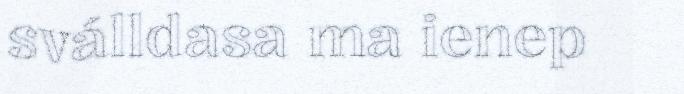
sválldasa ma ienep